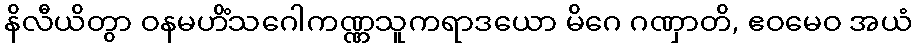
နိလီယိတွာ ဝနမဟိံသဂေါကဏ္ဏသူကရာဒယော မိဂေ ဂဏှာတိ, ဧဝမေဝ အယံ